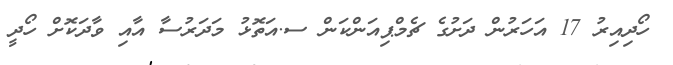
ހޯދިއިރު 17 އަހަރުން ދަށުގެ ޗެމްޕިއަންކަން ސ.އަތޮޅު މަދަރުސާ އާއި ވާދަކޮށް ހޯދީ